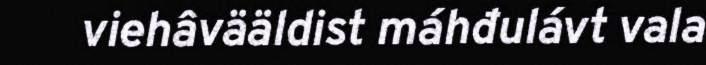
viehâvääldist máhđulávt vala